Annual administration report of the Civil Veterinary Department of India - 1898-1899
Year: 1898
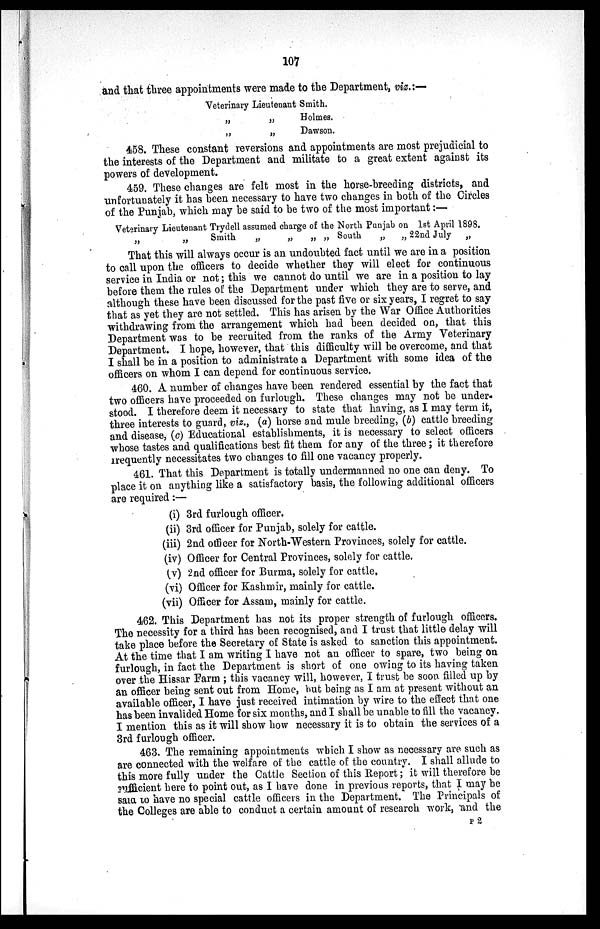
107
and that three appointments were made to the Department, viz.:—
Veterinary Lieutenant Smith.
„ „ Holmes.
„ „ Dawson.
458. These constant reversions and appointments are most prejudicial to
the interests of the Department and militate to a great extent against its
powers of development.
459. These changes are felt most in the horse-breeding districts, and
unfortunately it has been necessary to have two changes in both of the Circles
of the Punjab, which may be said to be two of the most important:—
Veterinary Lieutenant Trydell assumed charge of the North Punjab on 1st April 1898.
„
„
Smith
„
„
„
„ South
„
„ 22nd July
„
That this will always occur is an undoubted fact until we are in a position
to call upon the officers to decide whether they will elect for continuous
service in India or not; this we cannot do until we are in a position to lay
before them the rules of the Department under which they are to serve, and
although these have been discussed for the past five or six years, I regret to say
that as yet they are not settled. This has arisen by the War Office Authorities
withdrawing from the arrangement which had been decided on, that this
Department was to be recruited from the ranks of the Army Veterinary
Department. I hope, however, that this difficulty will be overcome, and that
I shall be in a position to administrate a Department with some idea of the
officers on whom I can depend for continuous service.
460. A number of changes have been rendered essential by the fact that
two officers have proceeded on furlough. These changes may not be under-
stood. I therefore deem it necessary to state that having, as I may term it,
three interests to guard, viz., (a) horse and mule breeding, (b) cattle breeding
and disease, (c) Educational establishments, it is necessary to select officers
whose tastes and qualifications best fit them for any of the three; it therefore
frequently necessitates two changes to fill one vacancy properly.
461. That this Department is totally undermanned no one can deny. To
place it on anything like a satisfactory basis, the following additional officers
are required:—
(i) 3rd furlough officer.
(ii) 3rd officer for Punjab, solely for cattle.
(iii) 2nd officer for North-Western Provinces, solely for cattle.
(iv) Officer for Central Provinces, solely for cattle.
(v) 2nd officer for Burma, solely for cattle.
(vi) Officer for Kashmir, mainly for cattle.
(vii) Officer for Assam, mainly for cattle.
462. This Department has not its proper strength of furlough officers.
The necessity for a third has been recognised, and I trust that little delay will
take place before the Secretary of State is asked to sanction this appointment.
At the time that I am writing I have not an officer to spare, two being on
furlough, in fact the Department is short of one owing to its having taken
over the Hissar Farm; this vacancy will, however, I trust be soon filled up by
an officer being sent out from Home, but being as I am at present without an
available officer, I have just received intimation by wire to the effect that one
has been invalided Home for six months, and I shall be unable to fill the vacancy.
I mention this as it will show how necessary it is to obtain the services of a
3rd furlough officer.
463. The remaining appointments which I show as necessary are such as
are connected with the welfare of the cattle of the country. I shall allude to
this more fully under the Cattle Section of this Report; it will therefore be
sufficient here to point out, as I have done in previous reports, that I may be
said to have no special cattle officers in the Department. The Principals of
the Colleges are able to conduct a certain amount of research work, and the
P 2